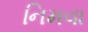
નિમવા